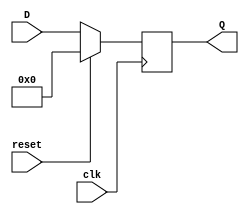
module synchronous_register (
    input wire clk,        // Clock input
    input wire reset,      // Synchronous reset input
    input wire [N-1:0] D,  // Data input (N-bit wide)
    output reg [N-1:0] Q   // Data output (N-bit wide)
);
    parameter N = 8; // Parameter to define the width of the register

    // Always block triggered on the rising edge of the clock
    always @(posedge clk) begin
        if (reset) begin
            Q <= {N{1'b0}}; // Reset the register to 0
        end else begin
            Q <= D; // Capture the data input
        end
    end
endmodule